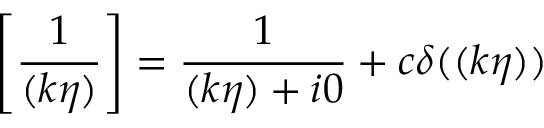
\left[ \frac { 1 } { ( k \eta ) } \right] = \frac { 1 } { ( k \eta ) + i 0 } + c \delta ( ( k \eta ) )